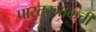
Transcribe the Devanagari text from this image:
पास्तरनाकची